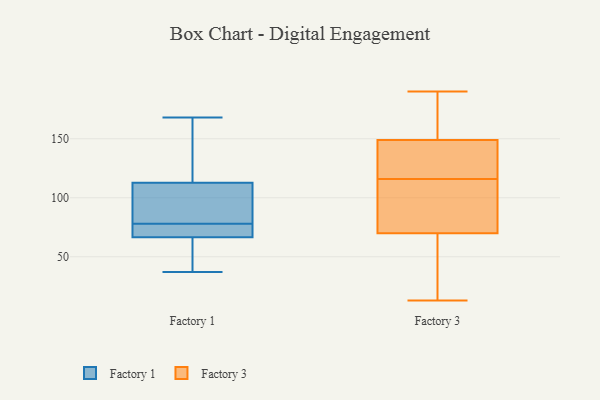
{"axis": {"x": "Net Income (USD K)", "y": "Value"}, "legend": ["Factory 1", "Factory 3"], "data": [{"x": "", "y": 74, "type": "Factory 1"}, {"x": "", "y": 64, "type": "Factory 1"}, {"x": "", "y": 168, "type": "Factory 1"}, {"x": "", "y": 41, "type": "Factory 1"}, {"x": "", "y": 78, "type": "Factory 1"}, {"x": "", "y": 132, "type": "Factory 1"}, {"x": "", "y": 107, "type": "Factory 1"}, {"x": "", "y": 37, "type": "Factory 1"}, {"x": "", "y": 112, "type": "Factory 1"}, {"x": "", "y": 76, "type": "Factory 1"}, {"x": "", "y": 113, "type": "Factory 1"}, {"x": "", "y": 45, "type": "Factory 3"}, {"x": "", "y": 155, "type": "Factory 3"}, {"x": "", "y": 108, "type": "Factory 3"}, {"x": "", "y": 175, "type": "Factory 3"}, {"x": "", "y": 190, "type": "Factory 3"}, {"x": "", "y": 99, "type": "Factory 3"}, {"x": "", "y": 66, "type": "Factory 3"}, {"x": "", "y": 143, "type": "Factory 3"}, {"x": "", "y": 128, "type": "Factory 3"}, {"x": "", "y": 13, "type": "Factory 3"}, {"x": "", "y": 117, "type": "Factory 3"}, {"x": "", "y": 138, "type": "Factory 3"}, {"x": "", "y": 115, "type": "Factory 3"}, {"x": "", "y": 155, "type": "Factory 3"}, {"x": "", "y": 74, "type": "Factory 3"}, {"x": "", "y": 35, "type": "Factory 3"}]}